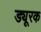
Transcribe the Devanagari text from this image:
ड्यूरक